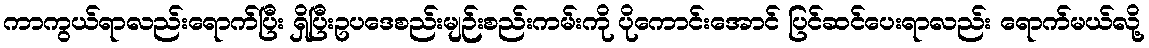
ကာကွယ်ရာလည်းရောက်ပြီး ရှိပြီးဥပဒေစည်းမျဉ်းစည်းကမ်းကို ပိုကောင်းအောင် ပြင်ဆင်ပေးရာလည်း ရောက်မယ်လို့